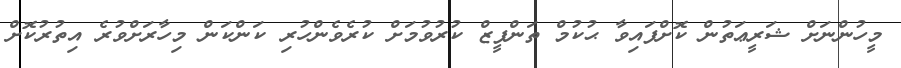
މީހުންނަށް ޝަރީޢަތުން ކޮށްފައިވާ ޙުކުމް ތަންފީޒް ކުރުވުމަށް ކުރެވެންހުރި ކަންކަން މިހާރަށްވުރެ އިތުރުކޮށް